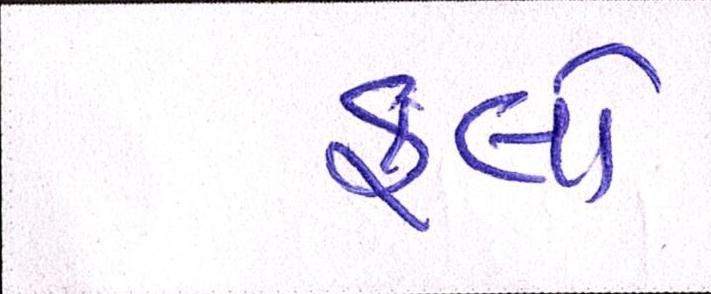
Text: ફ્લો